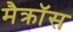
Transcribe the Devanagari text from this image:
मैक्रॉस